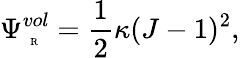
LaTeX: \Psi_{\mathrm{~\tiny~R~}}^{vol}=\frac{1}{2}\kappa(J-1)^{2},